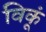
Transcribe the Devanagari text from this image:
विकूं